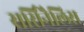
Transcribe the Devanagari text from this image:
सर्सिनैलिस